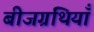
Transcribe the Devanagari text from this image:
बीजग्रंथियाँ